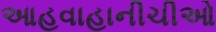
આહવાહાનીચીઓ